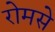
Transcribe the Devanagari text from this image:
रोमसे